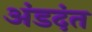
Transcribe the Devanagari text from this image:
अंडदंत